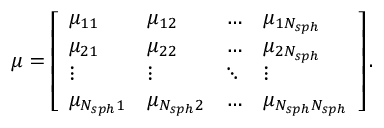
\begin{array} { r } { \boldsymbol \mu = \left[ \begin{array} { l l l l } { \mu _ { 1 1 } } & { \mu _ { 1 2 } } & { \hdots } & { \mu _ { 1 N _ { s p h } } } \\ { \mu _ { 2 1 } } & { \mu _ { 2 2 } } & { \hdots } & { \mu _ { 2 N _ { s p h } } } \\ { \vdots } & { \vdots } & { \ddots } & { \vdots } \\ { \mu _ { N _ { s p h } 1 } } & { \mu _ { N _ { s p h } 2 } } & { \hdots } & { \mu _ { N _ { s p h } N _ { s p h } } } \end{array} \right] . } \end{array}